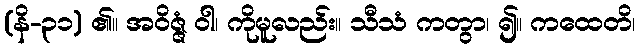
(နိ-၃၁) ၏။ အဝိဇ္ဇံ ဝါ၊ ကိုမူလည်း။ သီသံ ကတွာ၊ ၍။ ကထေတိ၊